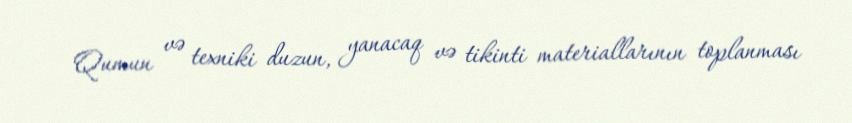
Qumun və texniki duzun, yanacaq və tikinti materiallarının toplanması